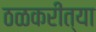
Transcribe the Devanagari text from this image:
ठळकरीत्या